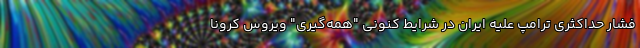
فشار حداکثری ترامپ علیه ایران در شرایط کنونی "همه‌گیری" ویروس کرونا